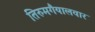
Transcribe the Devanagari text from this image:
तिरुमगैयालवार